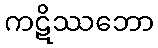
ကဋိဿဘော